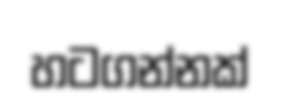
හටගන්නක්